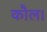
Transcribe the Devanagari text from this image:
कौल।